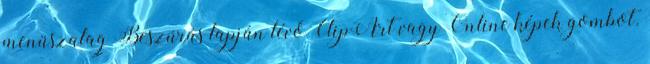
menüszalag Beszúrás lapján lévő ClipArt vagy Online képek gombot.